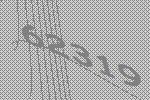
62319